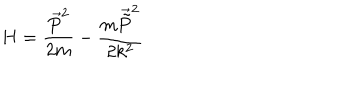
H = \frac { \overrightarrow { P } ^ { 2 } } { 2 m } - \frac { m \overrightarrow { \tilde { P } } ^ { 2 } } { 2 k ^ { 2 } }